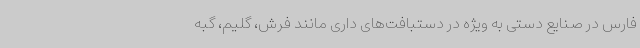
فارس در صنایع دستی به ویژه در دستبافت‌های داری مانند فرش، گلیم، گبه